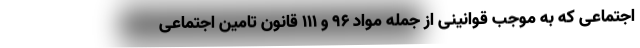
اجتماعی که به موجب قوانینی از جمله مواد ۹۶ و ۱۱۱ قانون تامین اجتماعی